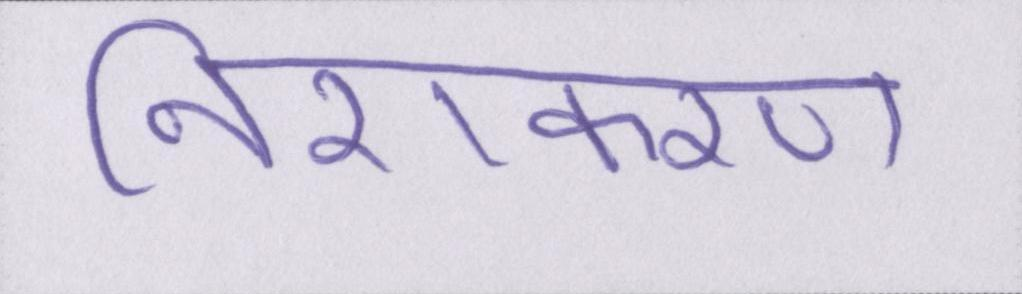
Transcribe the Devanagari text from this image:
निराकरण